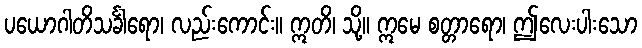
ပယောဂါတိသင်္ခါရော၊ လည်းကောင်း။ ဣတိ၊ သို့။ ဣမေ စတ္တာရော၊ ဤလေးပါးသော